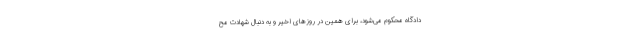
دادگاه محکوم می‌شود، برای همین در روزهای اخیر و به دنبال شهادت مح